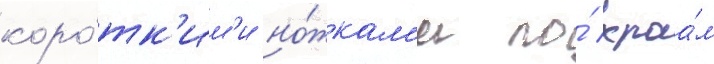
коро́тк'им'и но́жкам'и по́ краа́м